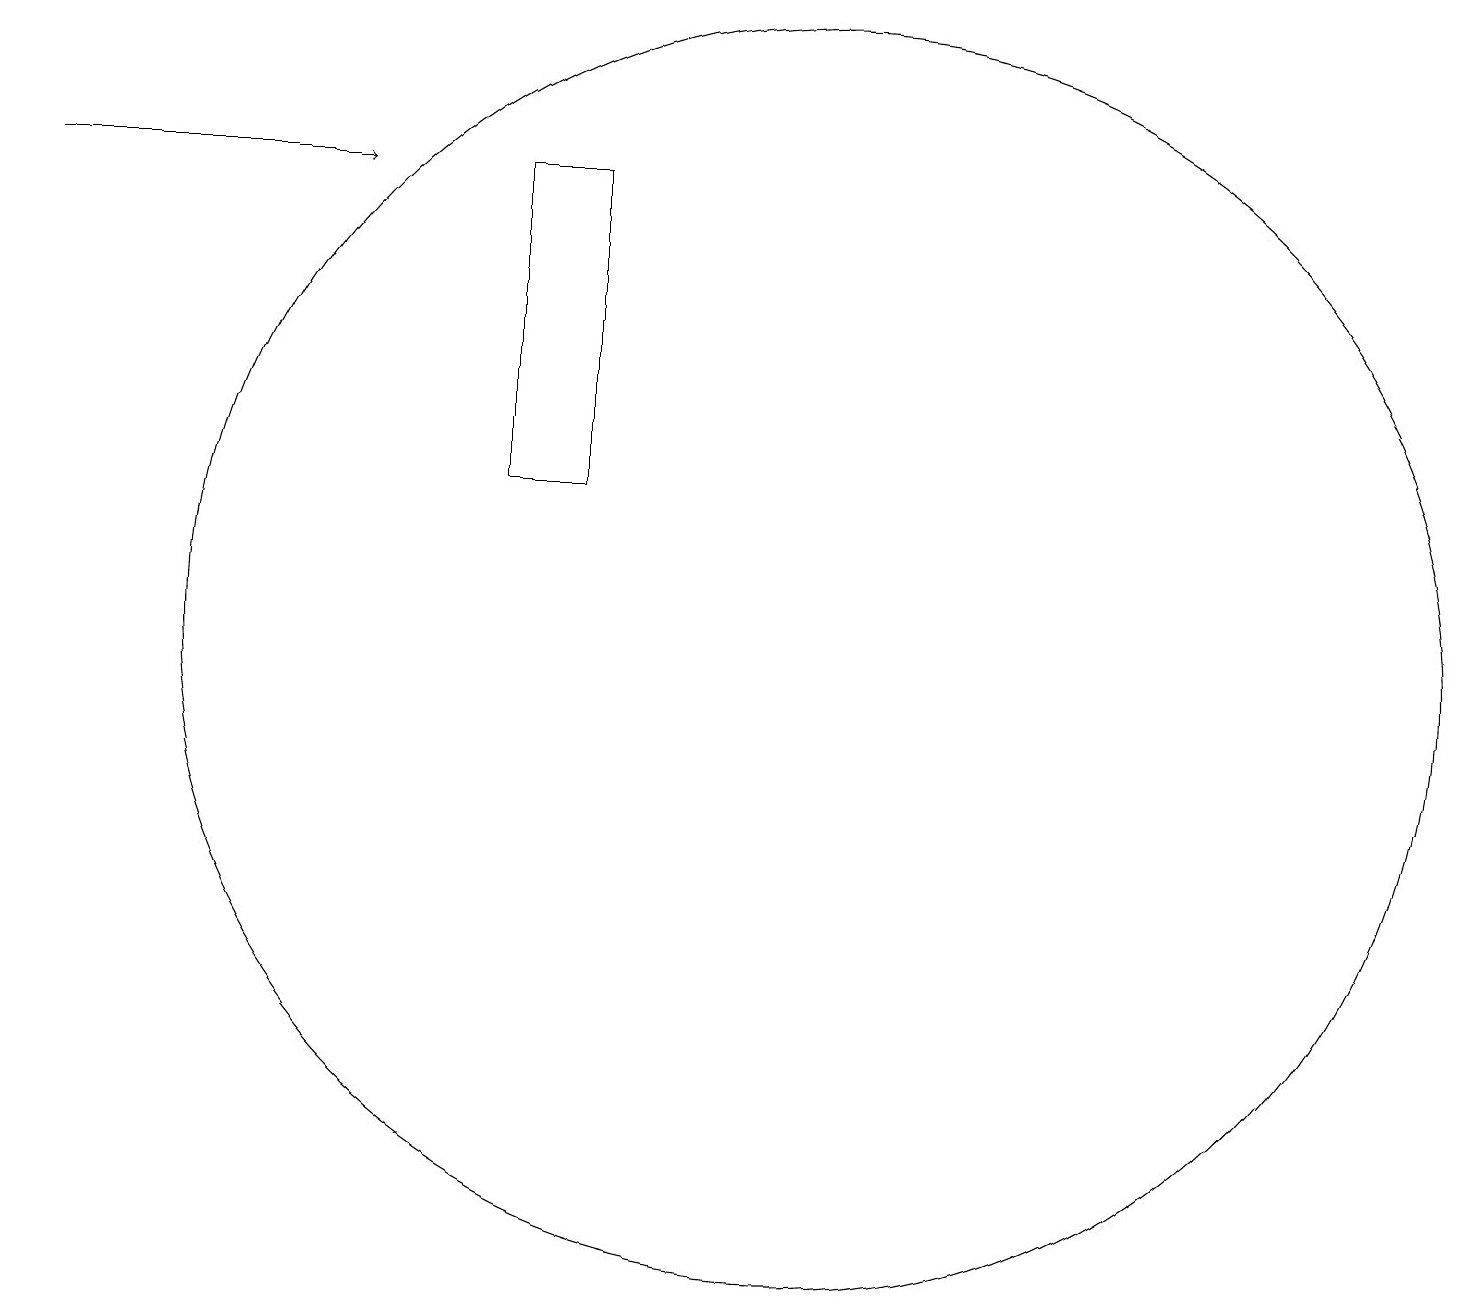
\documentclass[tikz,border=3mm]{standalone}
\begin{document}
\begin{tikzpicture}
\draw (11,10) circle (8);
\draw (7,16) rectangle (8,12);
\draw[->] (1,16) -- (5,16);
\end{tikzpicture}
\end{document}